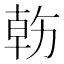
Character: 𠢇